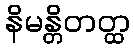
နိမန္တိတတ္ထ